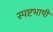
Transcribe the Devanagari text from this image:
स्पष्टभाषी